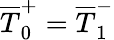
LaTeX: \overline{T}_{0}^{+}=\overline{T}_{1}^{-}